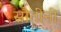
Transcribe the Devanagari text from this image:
सौतींनी